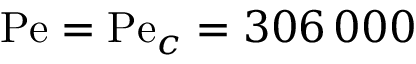
\mathrm { P e } = \mathrm { P e } _ { c } = 3 0 6 \, 0 0 0